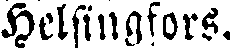
Helsingfors.